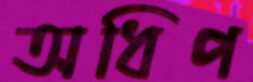
অধিপ